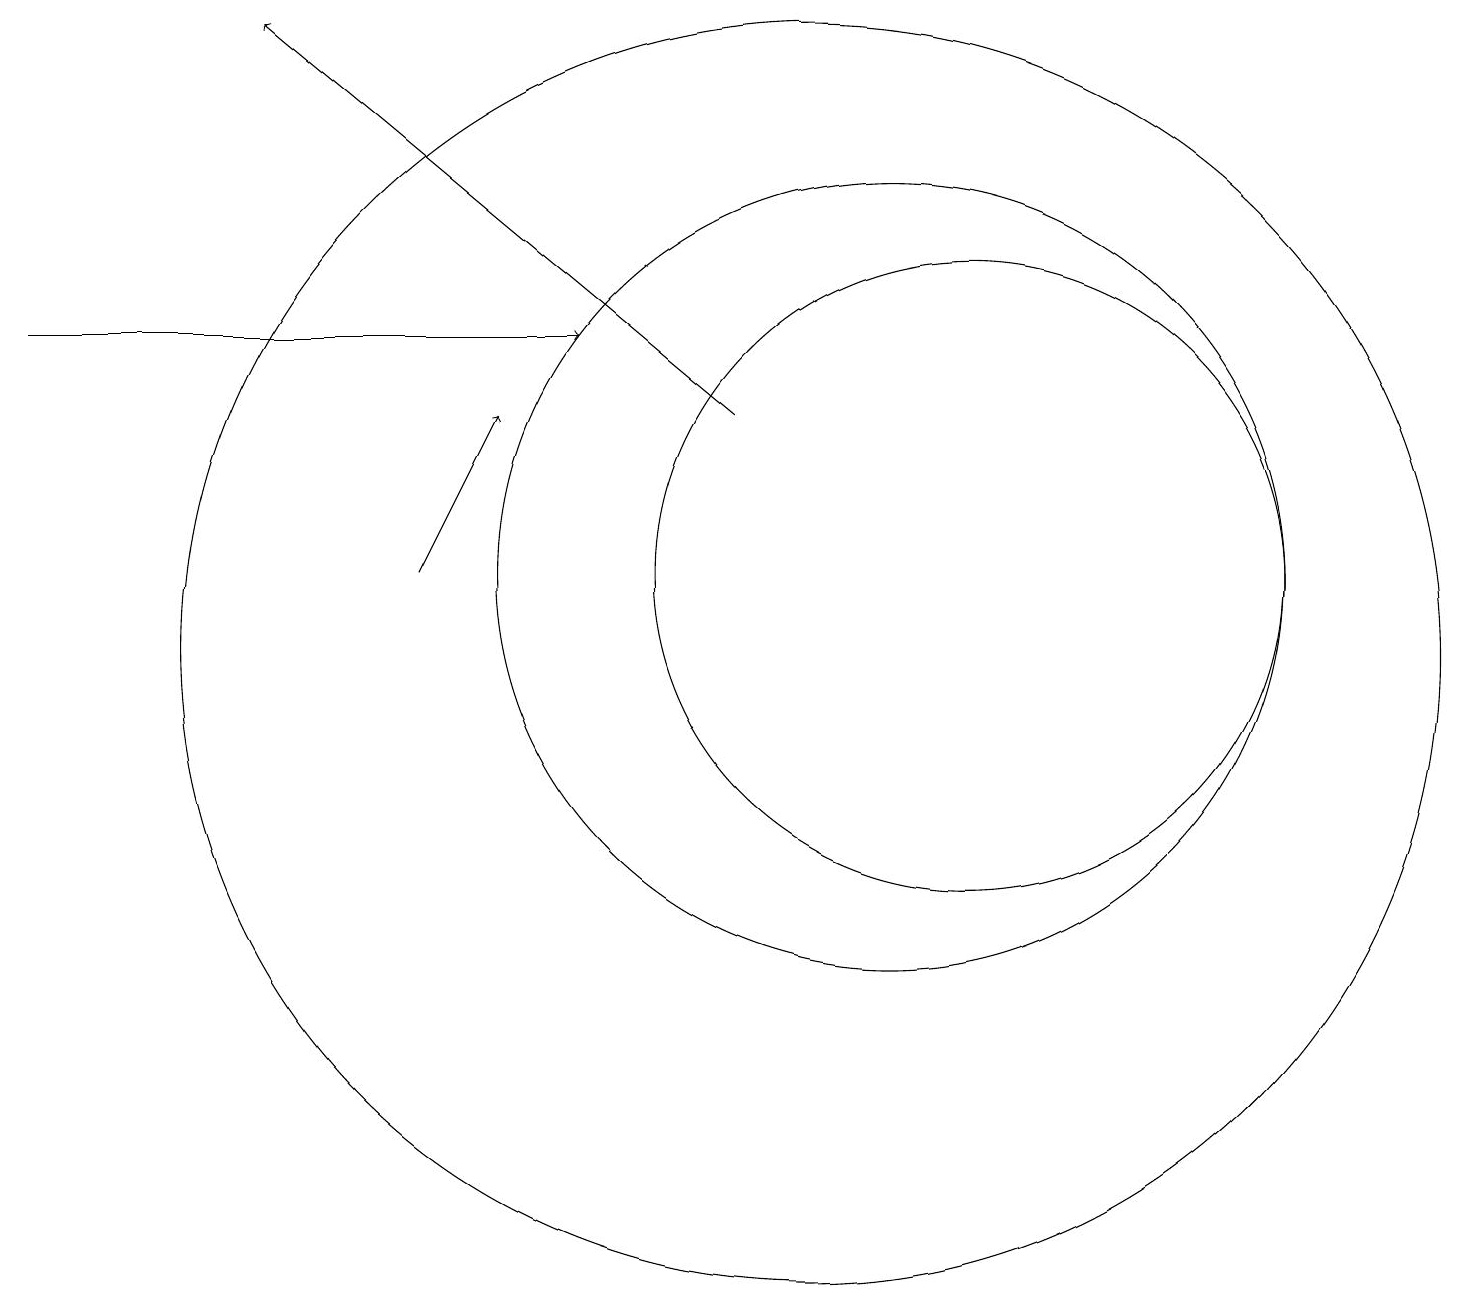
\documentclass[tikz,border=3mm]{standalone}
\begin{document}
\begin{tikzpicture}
\draw[->] (0,15) -- (7,15);
\draw (12,12) circle (4);
\draw (10,11) circle (8);
\draw[->] (5,12) -- (6,14);
\draw[->] (9,14) -- (3,19);
\draw (11,10) circle (0);
\draw (11,12) circle (5);
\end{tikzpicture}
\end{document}